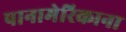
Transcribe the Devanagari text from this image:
पानामेरिकाना